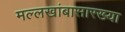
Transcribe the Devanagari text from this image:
मल्लखांबासारख्या